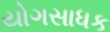
યોગસાધક